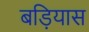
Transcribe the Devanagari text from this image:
बड़ियास